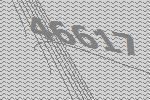
46617